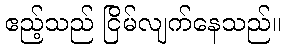
ဧည့်သည် ငြိမ်လျက်နေသည်။